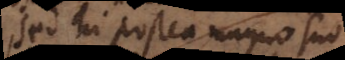
Sed hi postea magno suo